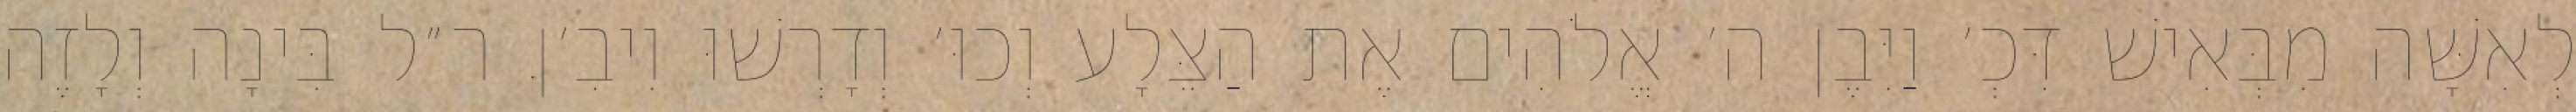
לְאִשָּׁה מִבְּאִישׁ דִּכְ׳ וַיִּבֶן ה׳ אֱלֹהִים אֶת הַצֵּלָע וְכוּ׳ וְדָרְשׁוּ וִיבִ׳ןּ ר״ל בִּינָה וְלָזֶה